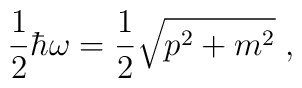
\frac{1}{2}\hbar\omega = \frac{1}{2}\sqrt{p^2 + m^2} \;,